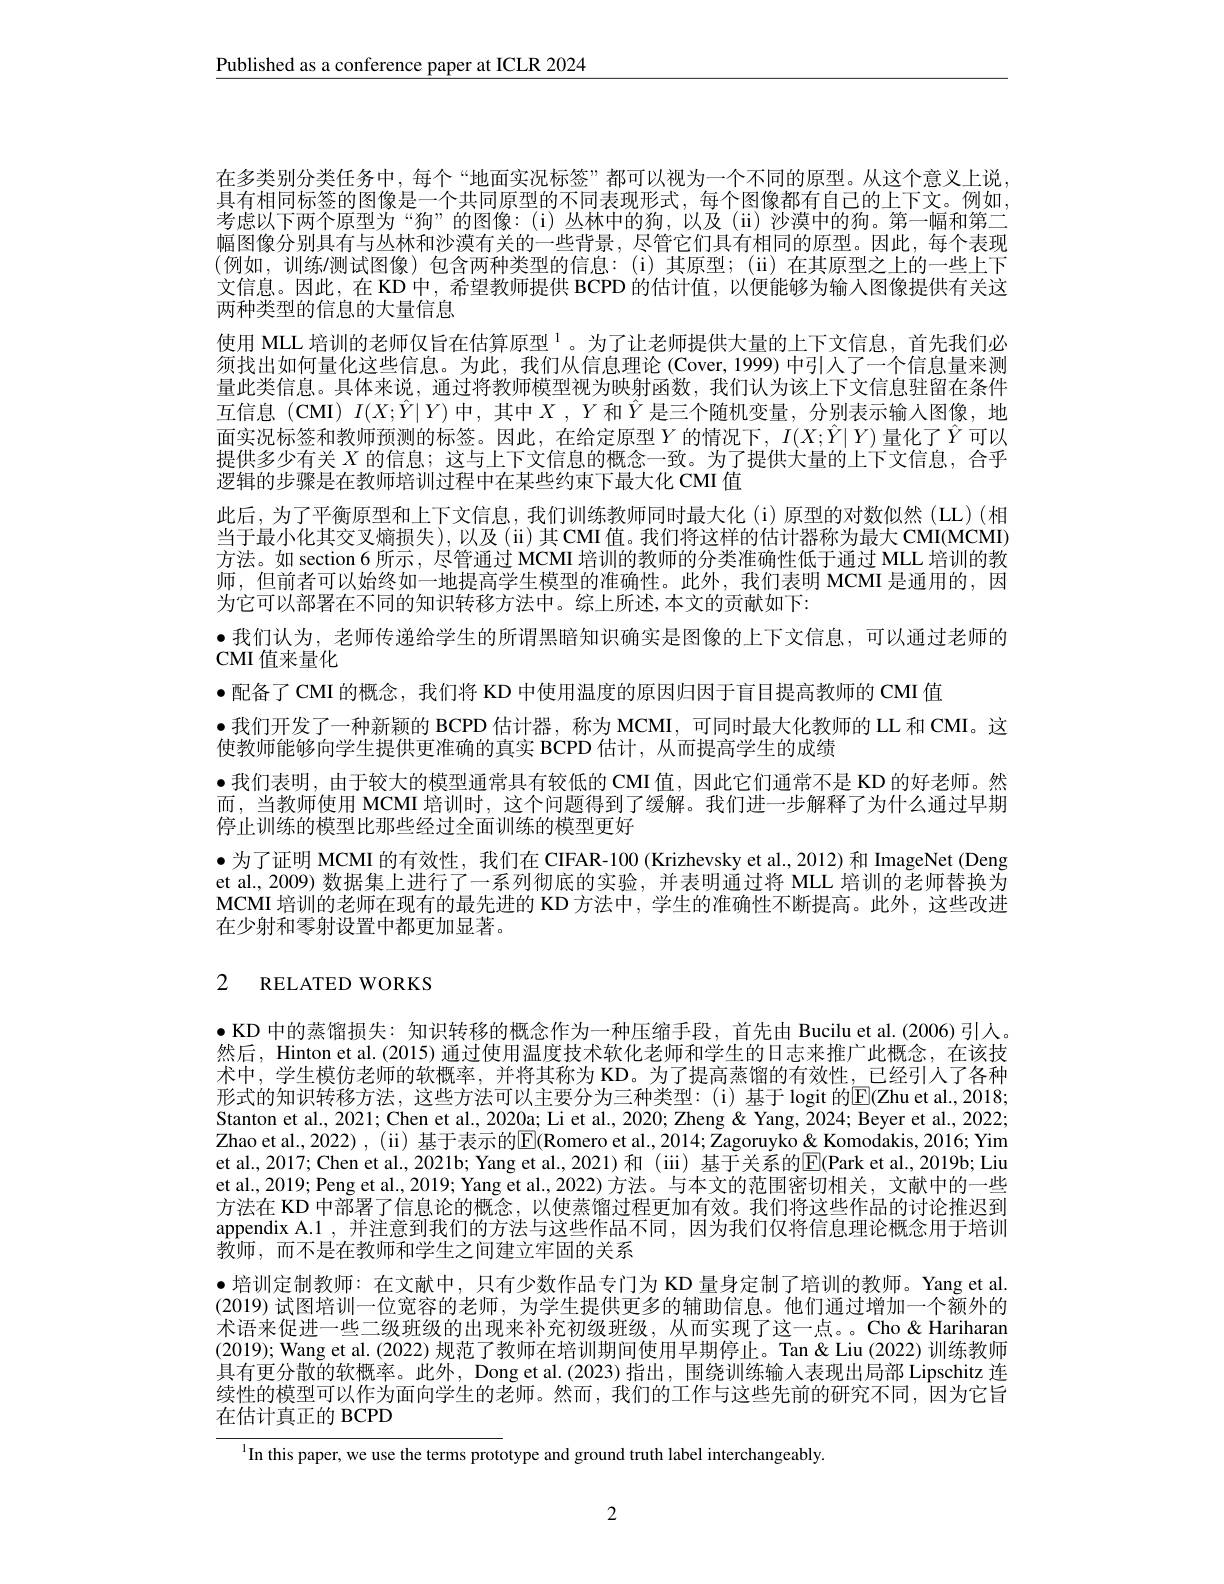
$\underline{\text{Published as a conference paper at ICLR 2024}}$

在多类别分类任务中，每个“地面实况标签”都可以视为一个不同的原型。从这个意义上说具有相同标签的图像是一个共同原型的不同表现形式，每个图像都有自己的上下文。例如， 考虑以下两个原型为“狗”的图像：(i)丛林中的狗，以及(ii)沙漠中的狗。第一幅和第二幅图像分别具有与丛林和沙漠有关的一些背景，尽管它们具有相同的原型。因此，每个表现(例如，训练/测试图像)包含两种类型的信息：(i)其原型；(ii)在其原型之上的一些上下文信息。因此，在 KD 中，希望教师提供 BCPD 的估计值，以便能够为输入图像提供有关这两种类型的信息的大量信息
使用 MLL 培训的老师仅旨在估算原型$^{\mathrm{l}}$。为了让老师提供大量的上下文信息，首先我们必须找出如何量化这些信息。为此，我们从信息理论 (Cover, 1999) 中引入了一个信息量来测量此类信息。具体来说，通过将教师模型视为映射函数，我们认为该上下文信息驻留在条件互信息 $(\mathbf{CMI})$ $I(X;\hat{Y}|Y)$ 中，其中$X,Y$ 和$\hat{Y}$ 是三个随机变量，分别表示输入图像，地面实况标签和教师预测的标签。因此，在给定原型$Y$的情况下，$I(X;Y|Y)$量化了$Y$可以提供多少有关$X$的信息；这与上下文信息的概念一致。为了提供大量的上下文信息，合乎逻辑的步骤是在教师培训过程中在某些约束下最大化 CMI 值
此后，为了平衡原型和上下文信息，我们训练教师同时最大化(i)原型的对数似然(LL)(相当于最小化其交叉熵损失),以及(ii)其CMI值。我们将这样的估计器称为最大 CMI(MCMI) 方法。如 section 6 所示，尽管通过 MCMI 培训的教师的分类准确性低于通过 MLL 培训的教师，但前者可以始终如一地提高学生模型的准确性。此外，我们表明 MCMI 是通用的，因为它可以部署在不同的知识转移方法中。综上所述，本文的贡献如下：
·我们认为，老师传递给学生的所谓黑暗知识确实是图像的上下文信息，可以通过老师的
CMI 值来量化
·配备了 CMI 的概念，我们将 KD 中使用温度的原因归因于盲目提高教师的 CMI 值
$\bullet$我们开发了一种新颖的 BCPD 估计器，称为 MCMI, 可同时最大化教师的 LL 和 CMI。这
使教师能够向学生提供更准确的真实 BCPD 估计，从而提高学生的成绩
·我们表明，由于较大的模型通常具有较低的 CMI 值，因此它们通常不是 KD 的好老师。然而，当教师使用 MCMI 培训时，这个问题得到了缓解。我们进一步解释了为什么通过早期停止训练的模型比那些经过全面训练的模型更好
$\bullet$为了证明 MCMI 的有效性，我们在 CIFAR-100 (Krizhevsky et al.,2012) 和 ImageNet (Deng et al., 2009) 数据集上进行了一系列彻底的实验，并表明通过将 MLL 培训的老师替换为MCMI 培训的老师在现有的最先进的 KD 方法中，学生的准确性不断提高。此外，这些改进在少射和零射设置中都更加显著。

# 2 RELATED WORKS

$\bullet$KD 中的蒸馏损失：知识转移的概念作为一种压缩手段，首先由 Bucilu et al.(2006) 引入。然后，Hinton et al.(2015) 通过使用温度技术软化老师和学生的日志来推广此概念，在该技术中，学生模仿老师的软概率，并将其称为 KD。为了提高蒸馏的有效性，已经引人了各种形式的知识转移方法，这些方法可以主要分为三种类型：(i)基于 logit 的$\mathbb{E}($Zhu et al.,2018; Stanton et al., 2021; Chen et al., 2020a; Li et al., 2020; Zheng & Yang, $\tilde{2}024;$ Beyer et al., 2022; Zhao et al., 2022) , ( ii) 基于表示的E(Romero et al., 2014; Zagoruyko& Komodakis, 2016; Yim et al., 2017; Chen et al., 2021b; Yang et al., 2021)和 (iii) 基于关系的$\overline{\mathrm{E}}($Park et al.,2019b; Liu et al., 2019; Peng et al., 2019; Yang et al., 2022) 方法。与本文的范围密切相关，文献中的一些方法在 KD 中部署了信息论的概念，以使蒸馏过程更加有效。我们将这些作品的讨论推迟到appendix A.1 , 并注意到我们的方法与这些作品不同 ,因为我们仅将信息理论概念用于培训教师 ,而不是在教师和学生之间建立牢固的关系
·培训定制教师：在文献中，只有少数作品专门为 KD 量身定制了培训的教师。Yang et al. (2019)试图培训一位宽容的老师，为学生提供更多的辅助信息。他们通过增加一个额外的术语来促进一些二级班级的出现来补充初级班级，从而实现了这一点。。Cho & Hariharan (2019); Wang et al. (2022) 规范了教师在培训期间使用早期停止。Tan &Liu (2022) 训练教师具有更分散的软概率。此外，Dong et al.(2023)指出，围绕训练输入表现出局部 Lipschitz 连续性的模型可以作为面向学生的老师。然而，我们的工作与这些先前的研究不同，因为它旨在估计真正的 BCPD

$^{\text{l}}$In this paper, we use the terms prototype and ground truth label interchangeably.

2